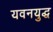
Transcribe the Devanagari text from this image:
यवनयुद्ध